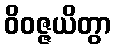
ဝိဝဇ္ဇယိတွာ